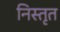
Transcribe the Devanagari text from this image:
निस्तृत